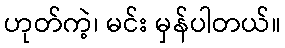
ဟုတ်ကဲ့၊ မင်း မှန်ပါတယ်။